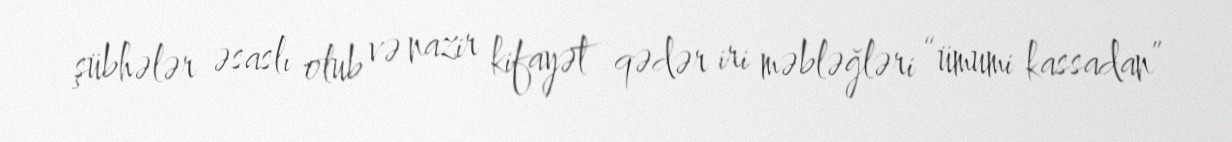
şübhələr əsaslı olub və nazir kifayət qədər iri məbləğləri “ümumi kassadan”